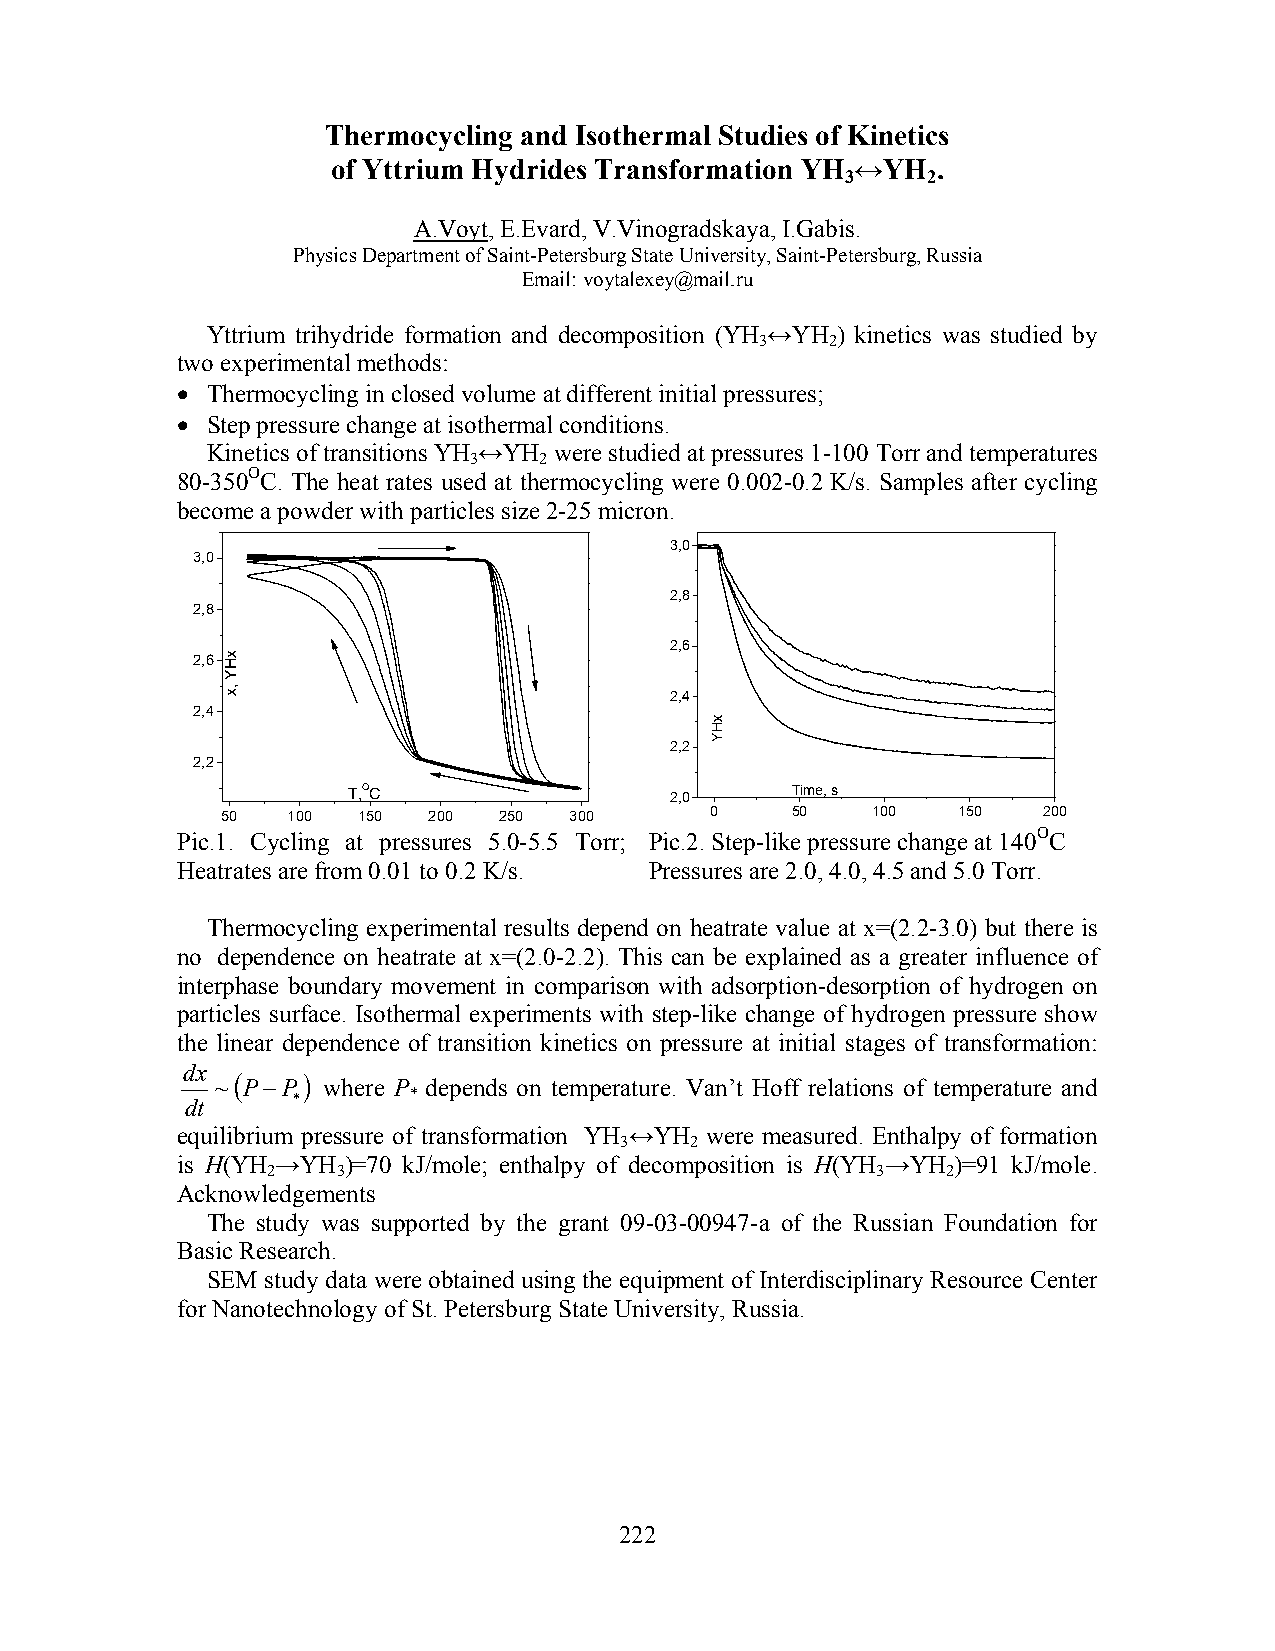
Thermocycling and Isothermal Studies of Kinetics
 of Yttrium Hydrides Transformation YH ↔YH .
 3    2
 A.Voyt, E.Evard, V.Vinogradskaya, I.Gabis.
 Physics Department of Saint-Petersburg State University, Saint-Petersburg, Russia
 Email: voytalexey@mail.ru
 Yttrium trihydride formation and decomposition (YH ↔YH ) kinetics was studied by
 3    2
 two experimental methods:
 • Thermocycling in closed volume at different initial pressures;
 • Step pressure change at isothermal conditions.
 Kinetics of transitions YH ↔YH were studied at pressures 1-100 Torr and temperatures
 3    2
 80-350OC. The heat rates used at thermocycling were 0.002-0.2 K/s. Samples after cycling
 become a powder with particles size 2-25 micron.
 3,0
 3,0
 2,8
 2,8
 2,6
 2,6
 2,4
 2,4
 2,2
 2,2
 T,OC
 2,0
 Time, s
 50  100  150 200  250  300      0    50    100  150   200
 Pic.1. Cycling at pressures 5.0-5.5 Torr; Pic.2. Step-like pressure change at 140OC
 Heatrates are from 0.01 to 0.2 K/s. Pressures are 2.0, 4.0, 4.5 and 5.0 Torr.
 Thermocycling experimental results depend on heatrate value at x=(2.2-3.0) but there is
 no dependence on heatrate at x=(2.0-2.2). This can be explained as a greater influence of
 interphase boundary movement in comparison with adsorption-desorption of hydrogen on
 particles surface. Isothermal experiments with step-like change of hydrogen pressure show
 the linear dependence of transition kinetics on pressure at initial stages of transformation:
 dx
 ~( P−P) where P depends on temperature. Van’t Hoff relations of temperature and
 dt     *       *
 equilibrium pressure of transformation YH ↔YH were measured. Enthalpy of formation
 3    2
 is H(YH →YH )=70 kJ/mole; enthalpy of decomposition is H(YH →YH )=91 kJ/mole.
 2   3                                   3    2
 Acknowledgements
 The study was supported by the grant 09-03-00947-а of the Russian Foundation for
 Basic Research.
 SEM study data were obtained using the equipment of Interdisciplinary Resource Center
 for Nanotechnology of St. Petersburg State University, Russia.
 222
 xHY
 ,x
 xHY